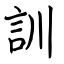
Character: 訓